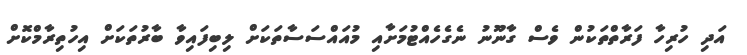
އަދި ހުރިހާ ފަރާތްތަކުން ވެސް ގާނޫނު ނެގެހެއްޓުމަށާއި މުއައްސަސާތަކަށް ލިބިފައިވާ ބާރުތަކަށް އިހުތިރާމްކޮށް